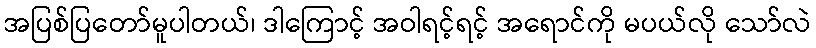
အပြစ်ပြတော်မူပါတယ်၊ ဒါကြောင့် အဝါရင့်ရင့် အရောင်ကို မပယ်လို သော်လဲ